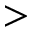
>